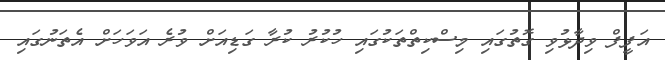
އަފީފް ވިދާޅުވި ގޮތުގައި މިސްކިތްތަކުގައި ހުކުރު ކުރާ ގަޑިއަށް ވުރެ އަވަހަށް އެތަނުގައި